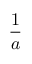
\frac { 1 } { a }